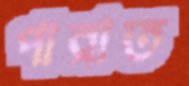
পারাত